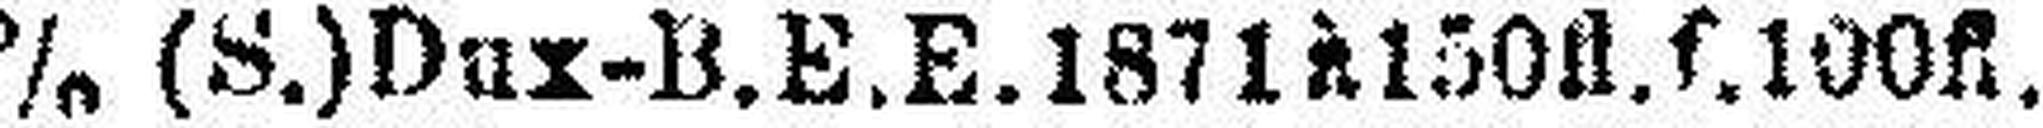
5% (S.) Dux-B.E.E.1871 à 150fl. f. 100fl.